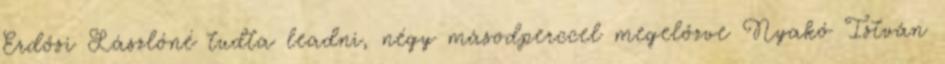
Erdősi Lászlóné tudta leadni, négy másodperccel megelőzve Nyakó István